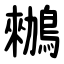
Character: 䳵